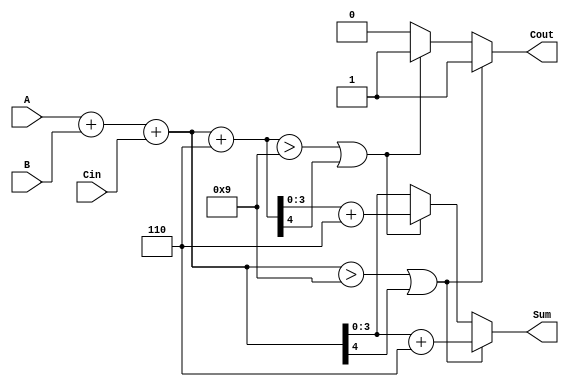
module BCD_MCSA (
    input wire [3:0] A,     // BCD input A
    input wire [3:0] B,     // BCD input B
    input wire Cin,         // Carry-in
    output reg [3:0] Sum,   // BCD Sum output
    output reg Cout         // Carry-out
);

    // Intermediate signals for the initial addition
    wire [4:0] Sum0;        // Sum with carry 0
    wire [4:0] Sum1;        // Sum with carry 1
    wire Cout0;             // Carry-out for Sum0
    wire Cout1;             // Carry-out for Sum1

    // Initial addition for both cases
    assign Sum0 = A + B + Cin;      // Sum when carry is 0
    assign Sum1 = A + B + Cin + 5'b00110; // Sum when carry is 1 (adding 6 for correction)

    // Generate carry-outs for both scenarios
    assign Cout0 = (Sum0 > 9) || (Sum0[4]); // Carry-out for Sum0 if it exceeds BCD range
    assign Cout1 = (Sum1 > 9) || (Sum1[4]); // Carry-out for Sum1 if it exceeds BCD range

    // BCD Correction Logic
    always @(*) begin
        if (Cout0) begin
            Sum = Sum0 + 6; // Apply correction for Sum0
            Cout = 1;       // Set carry-out to 1
        end else if (Cout1) begin
            Sum = Sum1 + 6; // Apply correction for Sum1
            Cout = 1;       // Set carry-out to 1
        end else begin
            Sum = Sum0;     // No correction needed
            Cout = 0;       // No carry-out
        end
    end
    
endmodule